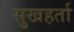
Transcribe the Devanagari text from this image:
सुखहर्ता